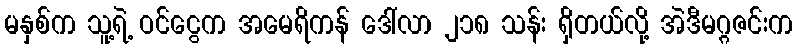
မနှစ်က သူ့ရဲ့ ဝင်ငွေက အမေရိကန် ဒေါ်လာ ၂၁၈ သန်း ရှိတယ်လို့ အဲဒီမဂ္ဂဇင်းက